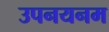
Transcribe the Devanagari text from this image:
उपनयनम